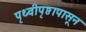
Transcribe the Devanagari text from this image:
पृथ्वीपृष्ठापासून